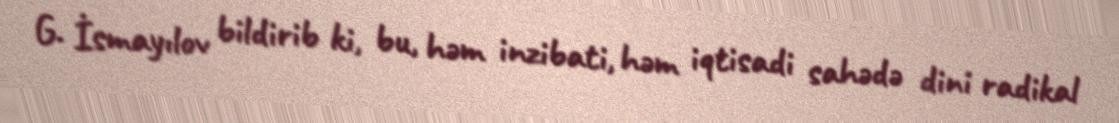
G. İsmayılov bildirib ki, bu, həm inzibati, həm iqtisadi sahədə dini radikal